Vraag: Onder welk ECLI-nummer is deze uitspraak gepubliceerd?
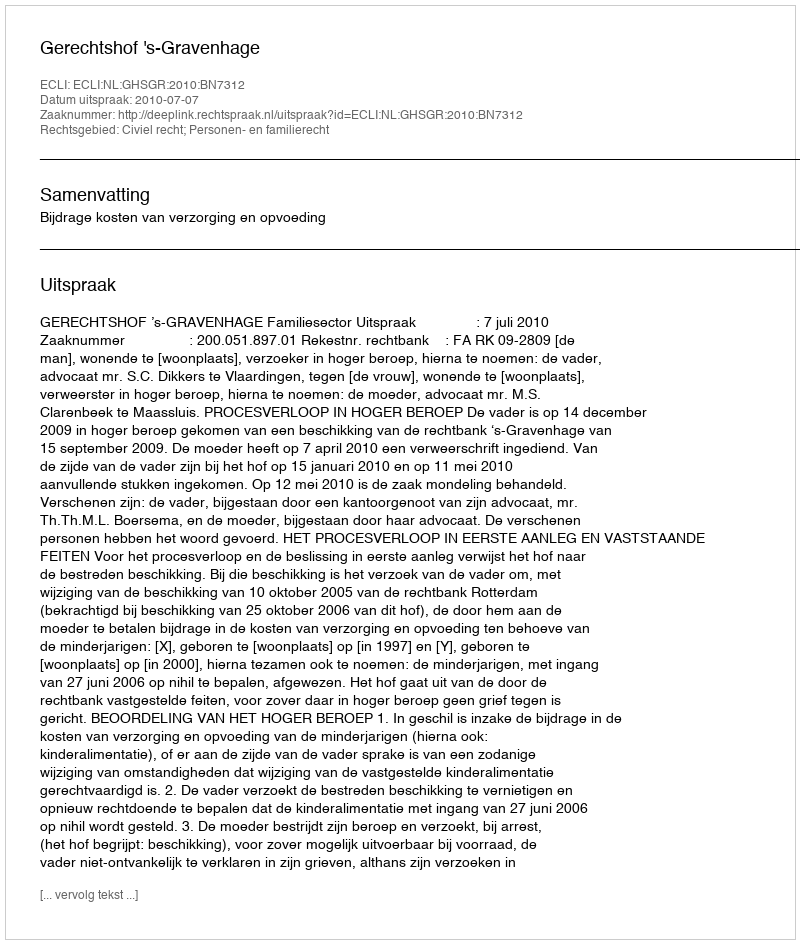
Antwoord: ECLI:NL:GHSGR:2010:BN7312